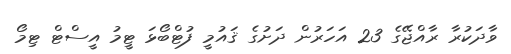
ވާދަކުރާ ރާއްޖޭގެ 23 އަހަރުން ދަށުގެ ޤައުމީ ފުޓްބޯޅަ ޓީމު އީސްޓް ޓިމޯ